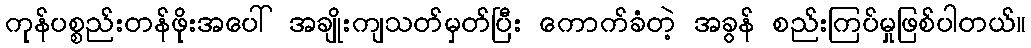
ကုန်ပစ္စည်းတန်ဖိုးအပေါ် အချိုးကျသတ်မှတ်ပြီး ကောက်ခံတဲ့ အခွန် စည်းကြပ်မှုဖြစ်ပါတယ်။